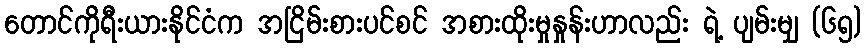
တောင်ကိုရီးယားနိုင်ငံက အငြိမ်းစားပင်စင် အစားထိုးမှုနှုန်းဟာလည်း ရဲ့ ပျမ်းမျှ (၆၅)